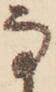
な